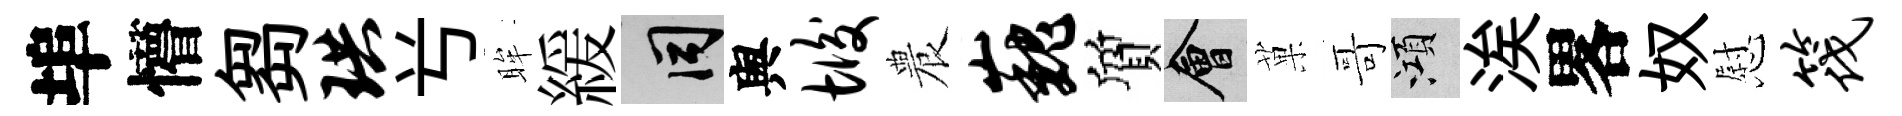
埠懵芻珙𠔃眸緩间舆垢農巍質會菓哥澒涘畧奴慰筏